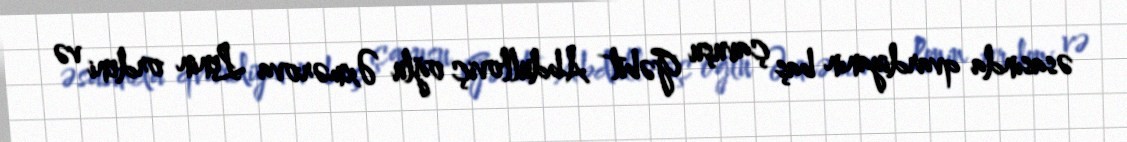
əsasında qvardiyanın baş çavuşu Gəbit Abdulloviç oğlu Əxmərova Lenin ordeni və